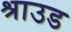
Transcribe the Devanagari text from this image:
श्राउड